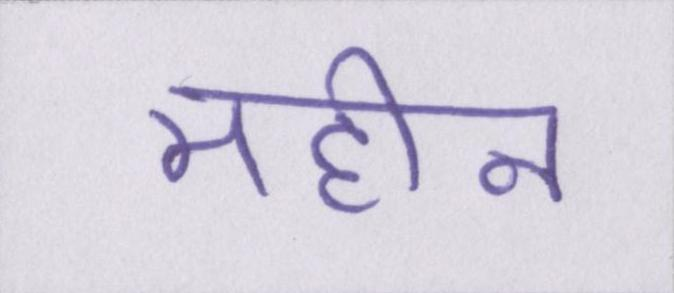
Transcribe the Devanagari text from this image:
महीन